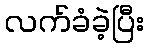
လက်ခံခဲ့ပြီး